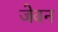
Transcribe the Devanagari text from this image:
जेवन